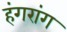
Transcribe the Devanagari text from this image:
हंगरांग